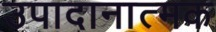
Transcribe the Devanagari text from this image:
उपादानात्मक